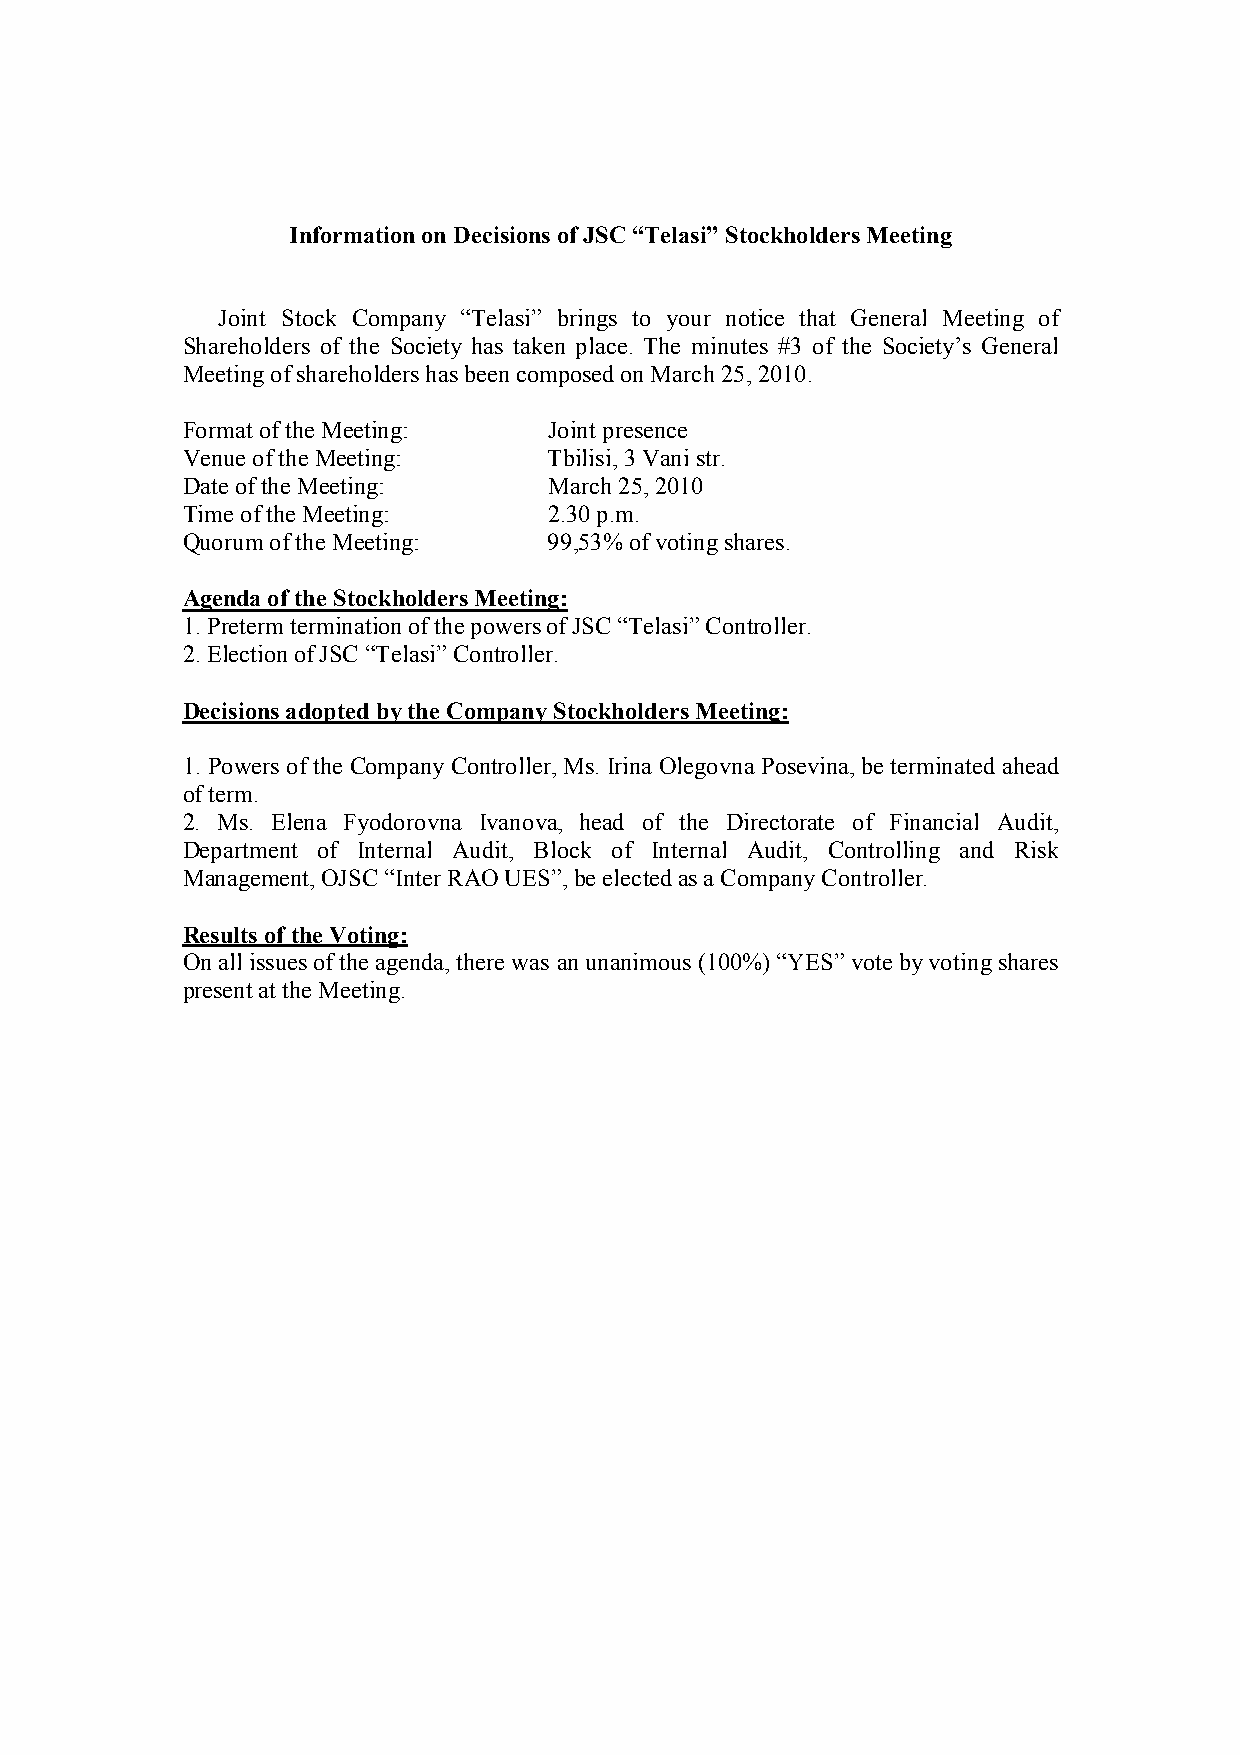
Information on Decisions of JSC “Telasi” Stockholders Meeting
 Joint Stock Company “Telasi” brings to your notice that General Meeting of
 Shareholders of the Society has taken place. The minutes #3 of the Society’s General
 Meeting of shareholders has been composed on March 25, 2010.
 Format of the Meeting:  Joint presence
 Venue of the Meeting:   Tbilisi, 3 Vani str.
 Date of the Meeting:    March 25, 2010
 Time of the Meeting:    2.30 p.m.
 Quorum of the Meeting:  99,53% of voting shares.
 Agenda of the Stockholders Meeting:
 1. Preterm termination of the powers of JSC “Telasi” Controller.
 2. Election of JSC “Telasi” Controller.
 Decisions adopted by the Company Stockholders Meeting:
 1. Powers of the Company Controller, Ms. Irina Olegovna Posevina, be terminated ahead
 of term.
 2. Ms. Elena Fyodorovna Ivanova, head of the Directorate of Financial Audit,
 Department of Internal Audit, Block of Internal Audit, Controlling and Risk
 Management, OJSC “Inter RAO UES”, be elected as a Company Controller.
 Results of the Voting:
 On all issues of the agenda, there was an unanimous (100%) “YES” vote by voting shares
 present at the Meeting.